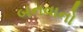
બનવાનો